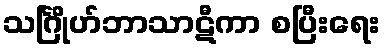
သင်္ဂြိုဟ်ဘာသာဋီကာ စပြီးရေး